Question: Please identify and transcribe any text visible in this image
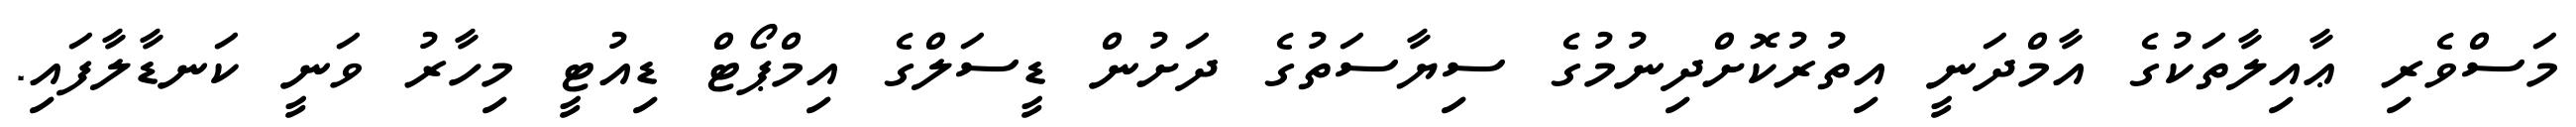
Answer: މަސްވެރި ޢާއިލާތަކުގެ އާމްދަނީ އިތުރުކޮށްދިނުމުގެ ސިޔާސަތުގެ ދަށުން ޑީސަލްގެ އިމްޕޯޓް ޑިއުޓީ މިހާރު ވަނީ ކަނޑާލާފައި.